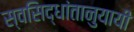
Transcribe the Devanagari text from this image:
स्वसिद्धांतानुयायी